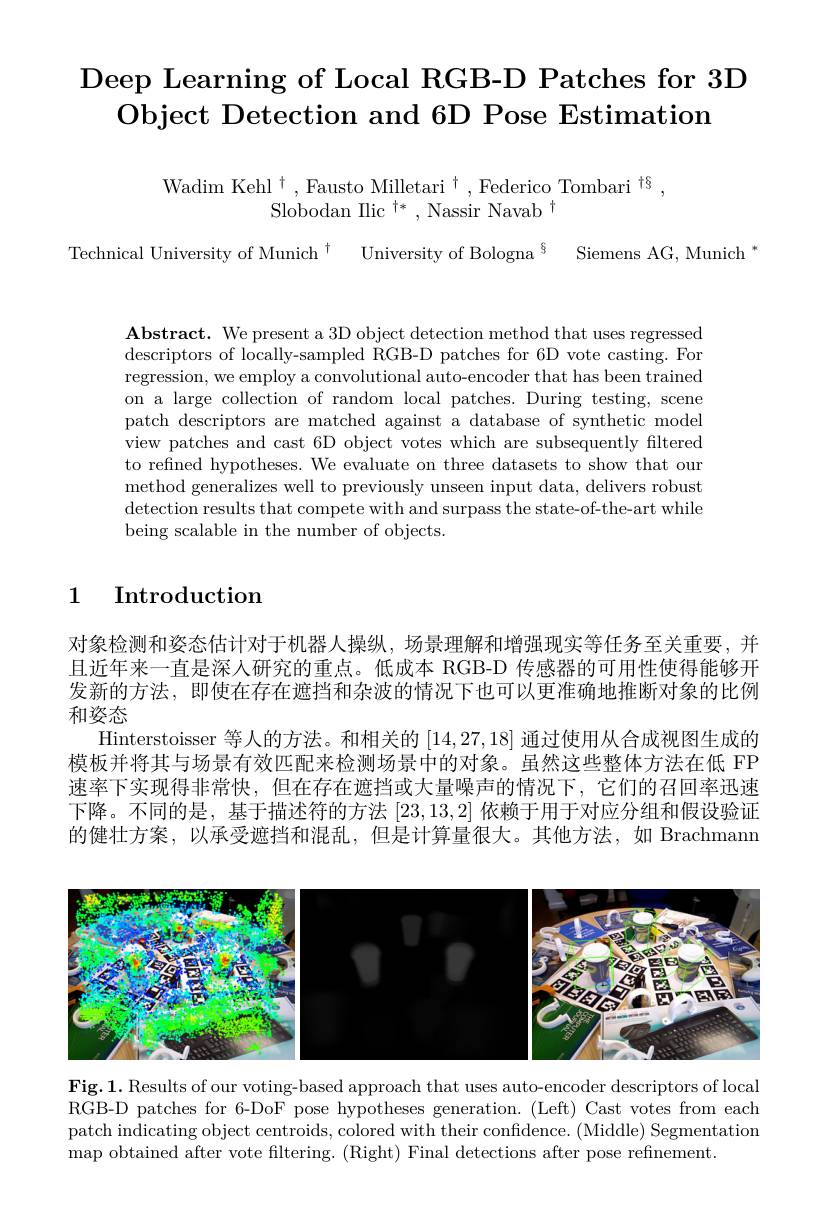
# $\operatorname{\text{Deep Learning of Local RGB-D Patches for }3}$Deep Learning of Local RGB-D Patches for 3D Object Detection and 6D Pose Estimation

Wadim Kehl $^\dagger$,Fausto Milletari$^\dagger$,Federico Tombari$^{\dagger\S}$,
Slobodan Ilic $^{\dagger*}$,Nassir Navab$^{\dagger}$

Technical University of Munich $^{\dagger}$ University of Bologna$^{\S}$ Siemens AG, Munich *

$\mathbf{Abstract.~We~present~a~3D~object~detection~method~that~uses~regressed}$ descriptors of locally-sampled RGB-D patches for 6D vote casting. For regression, we employ a convolutional auto-encoder that has been trained on a large collection of random local patches. During testing, scene patch descriptors are matched against a database of synthetic model view patches and cast 6D object votes which are subsequently filtered to refined hypotheses. We evaluate on three datasets to show that our method generalizes well to previously unseen input data, delivers robust detection results that compete with and surpass the state-of-the-art while being scalable in the number of objects.

1 Introduction

对象检测和姿态估计对于机器人操纵，场景理解和增强现实等任务至关重要，并且近年来一直是深入研究的重点。低成本 RGB-D 传感器的可用性使得能够开发新的方法，即使在存在遮挡和杂波的情况下也可以更准确地推断对象的比例和姿态
Hinterstoisser 等人的方法。和相关的[14,27,18]通过使用从合成视图生成的模板并将其与场景有效匹配来检测场景中的对象。虽然这些整体方法在低 FP 速率下实现得非常快，但在存在遮挡或大量噪声的情况下，它们的召回率迅速下降。不同的是，基于描述符的方法[23,13,2]依赖于用于对应分组和假设验证的健壮方案，以承受遮挡和混乱，但是计算量很大。其他方法，如 Brachmann

<FigureHere>

Fig.1. Results of our voting-based approach that uses auto-encoder descriptors of local RGB-D patches for 6-DoF pose hypotheses generation. (Left) Cast votes from each patch indicating object centroids, colored with their confidence. (Middle) Segmentation map obtained after vote filtering. (Right) Final detections after pose refinement